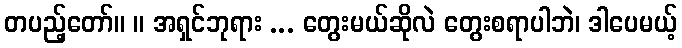
တပည့်တော်။ ။ အရှင်ဘုရား ... တွေးမယ်ဆိုလဲ တွေးစရာပါဘဲ၊ ဒါပေမယ့်